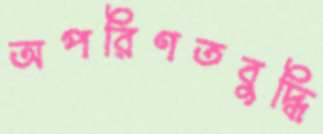
অপরিণতবুদ্ধি